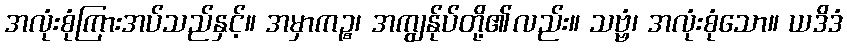
အလုံးစုံကြားအပ်သည်နှင့်။ အမှာကဉ္စ၊ အကျွန်ုပ်တို့၏လည်း။ သဗ္ဗံ၊ အလုံးစုံသော။ ယဒိဒံ